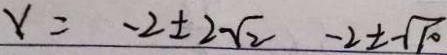
x = - 2 \pm 2 \sqrt { 2 } - 2 \pm \sqrt { 1 0 }